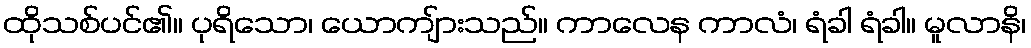
ထိုသစ်ပင်၏။ ပုရိသော၊ ယောကျ်ားသည်။ ကာလေန ကာလံ၊ ရံခါ ရံခါ။ မူလာနိ၊